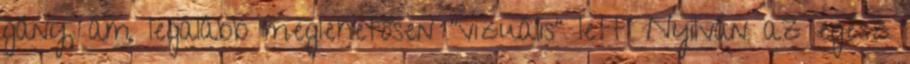
gány, ám legalább meglehetősen "vizuális" lett: Nyilván az egész